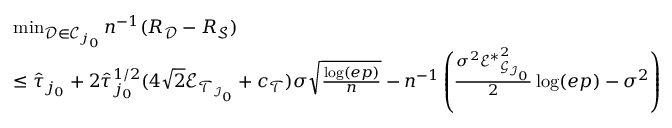
\begin{array} { r l } & { \operatorname* { m i n } _ { \mathcal { D } \in \mathscr { C } _ { j _ { 0 } } } n ^ { - 1 } ( R _ { \mathcal { D } } - R _ { \mathcal { S } } ) } \\ & { \leq \widehat { \tau } _ { j _ { 0 } } + 2 \widehat { \tau } _ { j _ { 0 } } ^ { 1 / 2 } ( 4 \sqrt { 2 } \mathscr { E } _ { \mathcal { T } _ { \mathcal { I } _ { 0 } } } + c _ { \mathcal { T } } ) \sigma \sqrt { \frac { \log ( e p ) } { n } } - n ^ { - 1 } \left( \frac { \sigma ^ { 2 } { \mathscr { E } ^ { * } } _ { \mathcal { G } _ { \mathcal { I } _ { 0 } } } ^ { 2 } } { 2 } \log ( e p ) - \sigma ^ { 2 } \right) } \end{array}